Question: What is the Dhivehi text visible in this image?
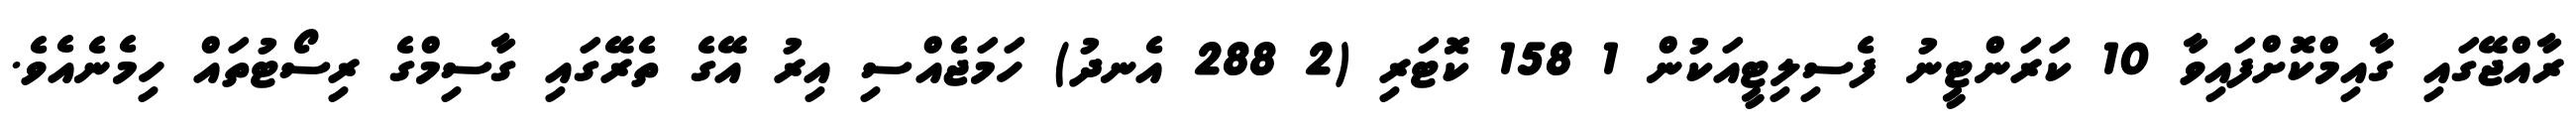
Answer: ރާއްޖޭގައި ގާއިމްކޮށްފައިވާ 10 ކަރަންޓީނު ފެސިލިޓީއަކުން 1 158 ކޮޓަރި (2 288 އެނދު) ހަމަޖެއްސި އިރު އޭގެ ތެރޭގައި ގާސިމްގެ ރިސޯޓުތައް ހިމެނެއެވެ.